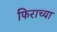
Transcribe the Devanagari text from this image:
फिराच्या